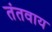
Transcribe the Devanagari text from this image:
तंतवाय